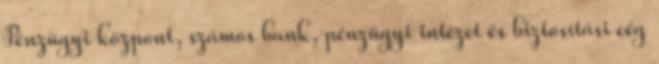
Pénzügyi központ, számos bank, pénzügyi intézet és biztosítási cég